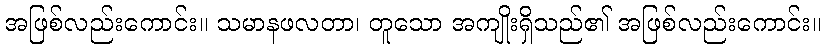
အဖြစ်လည်းကောင်း။ သမာနဖလတာ၊ တူသော အကျိုးရှိသည်၏ အဖြစ်လည်းကောင်း။